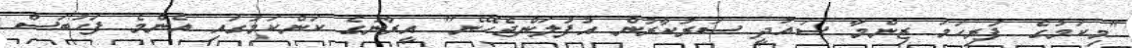
"މިކަމުގެ ފުރިހަމަ ޒިންމާ ސައުދީ ސަރުކާރުން އުފުލަންޖެހޭނެ" އީރާނުގެ ކަންކަމުގައި އެންމެ ފަހުބަސް